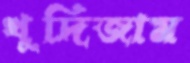
খুদিজাম